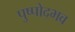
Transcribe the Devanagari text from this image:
पुष्पोदभव